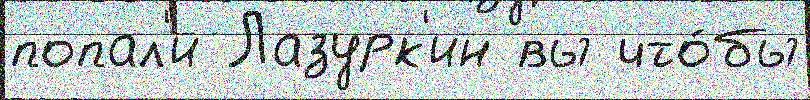
попал'и Лазурк'ин вы что́бы